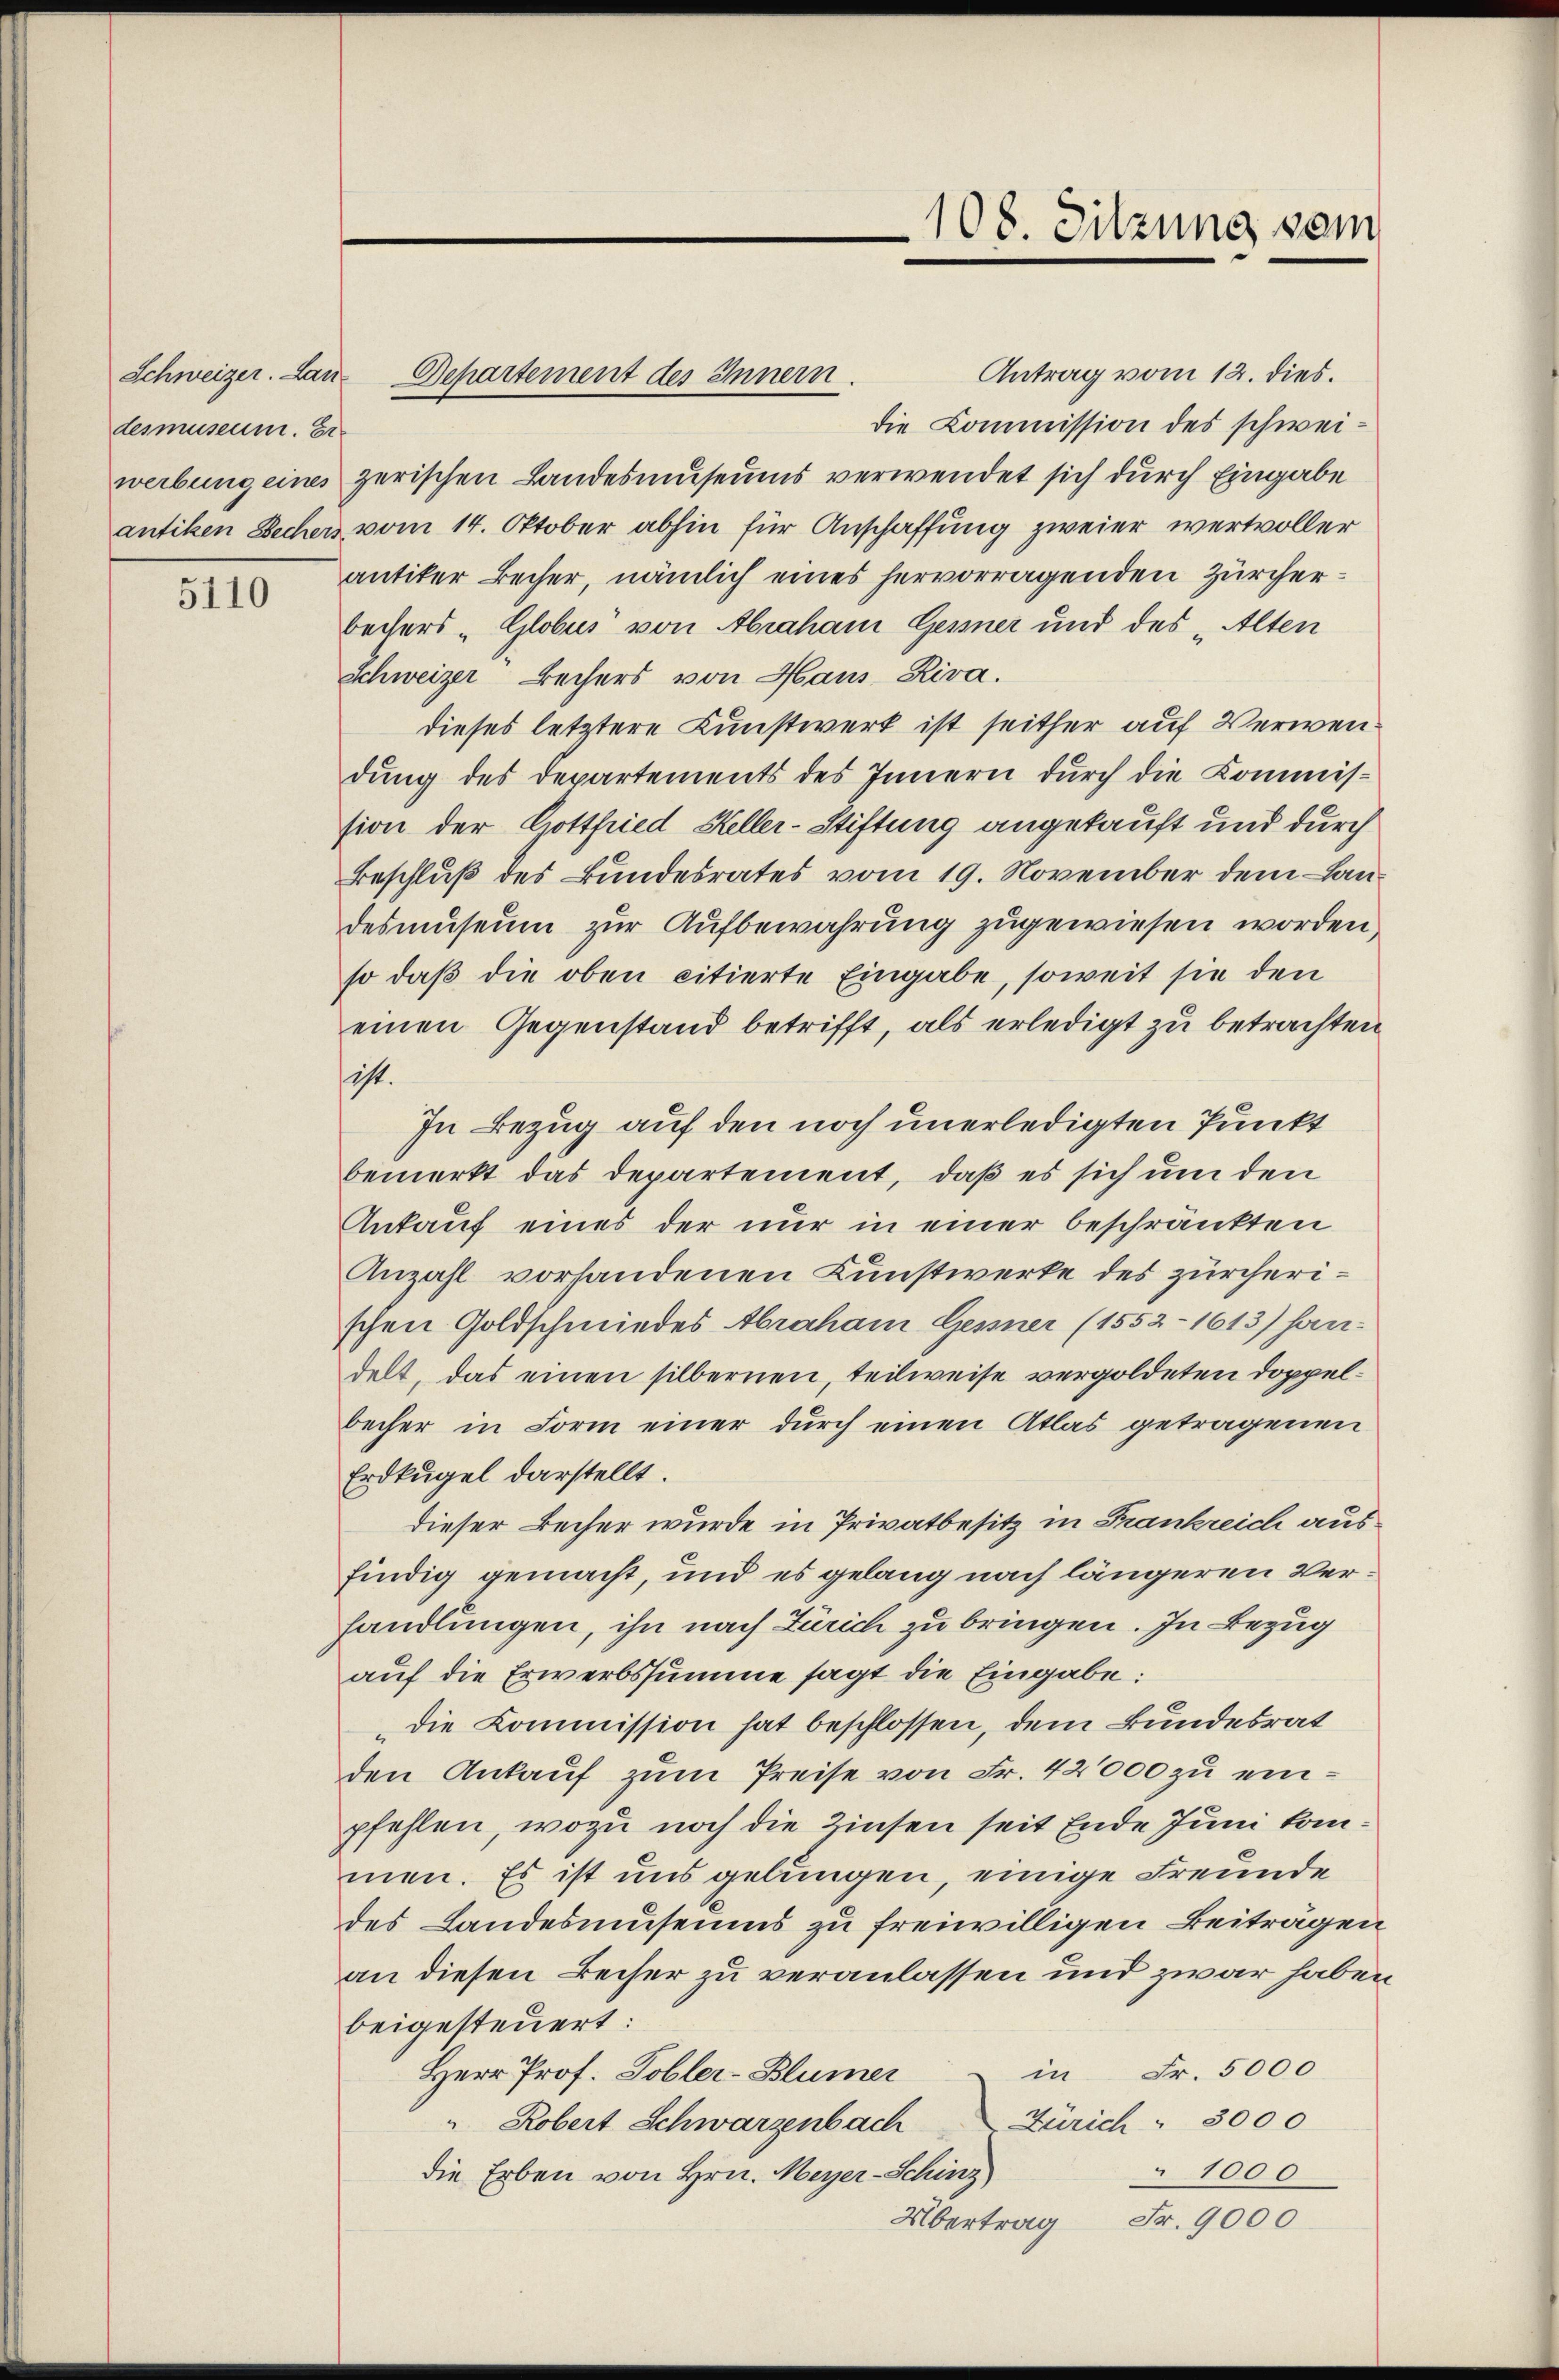
Schweizer. Landesmuseum. Er

5110

Bepartement des Innern.

108. Sitzung vom

Antrag vom 12. dies.
die Commission des schweiwerbung eines zerischen Landesmuseums verwendet sich durch Eingabe
antiken Dechers vom 14. Oktober abhin für Anschaffung zweier wertvoller
antiker Becher, nämlich eines hervorragenden Zürcherbechers „Globus von Abraham Gerner und des „Alten
Schweizer Bechers von Haus-Riva.
dieses letztere Kunstwerk ist seither auf Verwendung des Departements des Innern durch die Kommission der Gottfried Heller-Stiftung angekauft und durch
Beschluß des Bundesrates vom 19. November dem andesmuseum zur Aufbewahrung zugewiesen worden,
so daß die oben citierte Eingabe, soweit sie den
einen Gegenstand betrifft, als erledigt zu betrachten
ist.
In Bezug auf den noch unerledigten Punkt
bemerkt das Departement, daß es sich um den
Ankauf eines der nur in einer beschränkten
Anzahl vorhandenen Kunstwerke des zürcherischen Goldschmiedes Abraham Gesner (1552 - 1613) han-
delt, das einen silbernen, teilweise vergoldeten Doppelbecher in Form einer durch einen Atlas getragenen
Erdkugel darstellt.
dieser Becher wurde in Privatbesitz in Frankreich aus
findig gemacht, und es gelang nach längeren Verhandlungen, ihn nach Zürich zu bringen. In Bezug
auf die Erwerbssumme sagt die Eingabe:
die Kommission hat beschlossen, dem Bundesrat
den Ankauf zum Preise von Fr. 42000 zu einpfehlen, wozu noch die Zinsen seit Ende Juni kommen. Es ist uns gelungen, einige Freunde
des Landesmuseums zu freiwilligen Beiträgen
an diesen Beiser zu veranlassen und zwar haben
beigesteuert:
in Fr. 5000
Herr Prof. Tobler-Blümer
Zürich : 3000
Robert Schwarzenbach
1000
die Erben von Hrn. Meyer-Schinz
Übertrag Fr. 9000